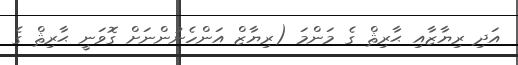
އަދި ރިޔާޒާއި ޙާރިޘް ގެ މަންމަ (ރިޔާޒް އަންހެނުންނަށް ގޮވަނީ ޙާރިޘް ގެ